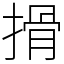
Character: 搰